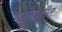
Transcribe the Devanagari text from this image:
मातृबोलीत